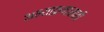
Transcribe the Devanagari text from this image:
अभ्याक्रमासाठी